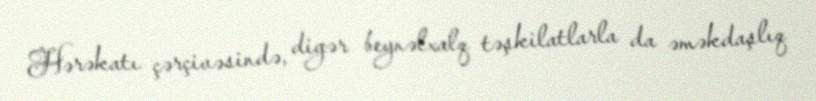
Hərəkatı çərçivəsində, digər beynəlxalq təşkilatlarla da əməkdaşlıq